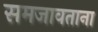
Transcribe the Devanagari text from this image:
समजावताना